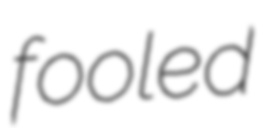
fooled